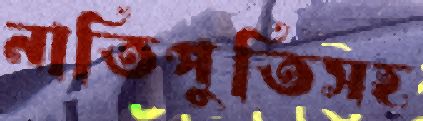
নাতিপুতিসহ